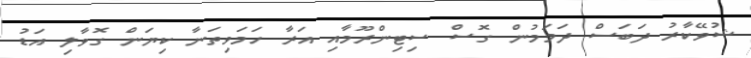
ޝުވޭކާރު ދަބަސް ދަމަމުން ގޮސް ސިޓިންރޫމާއި އަރާ ހަމަވިތަނާ ކިޔަން ގޮވާލި އަޑު